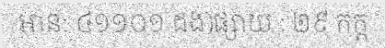
អាន: ៤១១០១ ដង)ផ្សាយ : ២៩ កក្ត